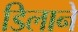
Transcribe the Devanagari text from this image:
डिलाने